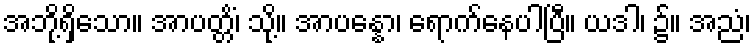
အဘို့ရှိသော။ အာပတ္တိံ၊ သို့။ အာပန္နော၊ ရောက်နေပါပြီ။ ယဒါ၊ ၌။ အညံ၊